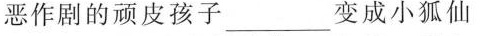
恶作剧的顽皮孩子___变成小狐仙